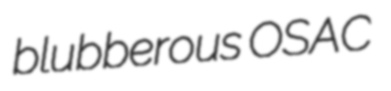
blubberous OSAC